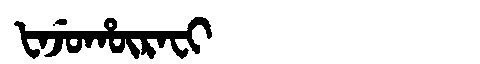
Manchu: ᡶᠠᠵᡠᡥᡡᡵᠠᠸᡳ
Romanization: FAJUHŪRAFI